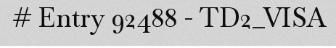
# Entry 92488 - TD2_VISA